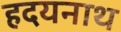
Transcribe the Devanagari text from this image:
हदयनाथ